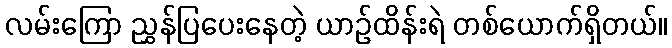
လမ်းကြော ညွှန်ပြပေးနေတဲ့ ယာဉ်ထိန်းရဲ တစ်ယောက်ရှိတယ်။